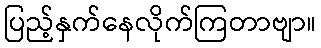
ပြည့်နှက်နေလိုက်ကြတာဗျာ။